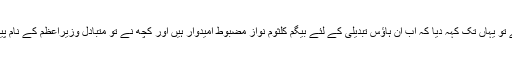
انہوں نے تو یہاں تک کہہ دیا کہ اب ان ہاؤس تبدیلی کے لئے بیگم کلثوم نواز مضبوط امیدوار ہیں اور کچھ نے تو متبادل وزیراعظم کے نام پیش کیے۔